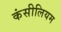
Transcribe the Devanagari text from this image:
कंसीलियम